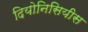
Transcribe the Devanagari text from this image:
दियोनिसियीस